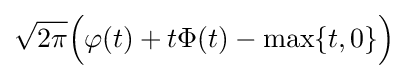
{\sqrt {2\pi }}{\Big (}\varphi (t)+t\Phi (t)-\max\{t,0\}{\Big )}